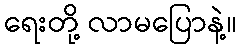
ရေးတို့ လာမပြောနဲ့။